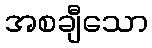
အစချီသော